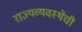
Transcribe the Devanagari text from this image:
राज्यव्यवस्थेची